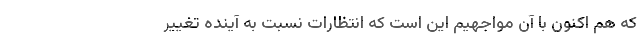
که هم اکنون با آن مواجهیم این است که انتظارات نسبت به آینده تغییر